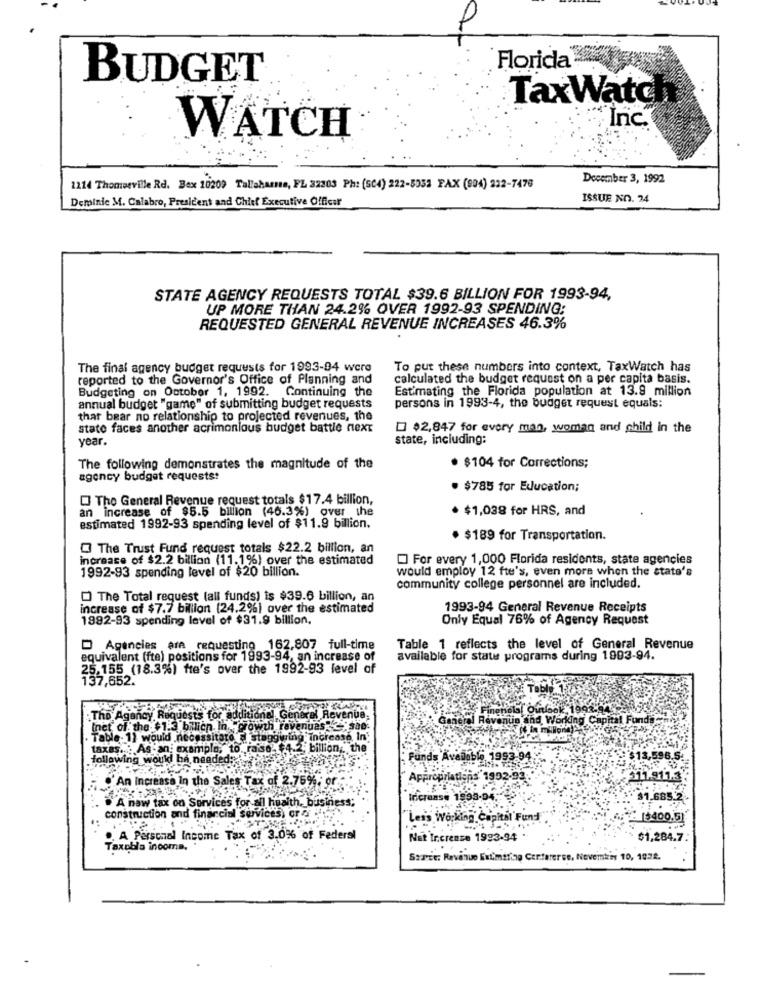
Florida
BUDGET
TaxWate
Inc.
WATCH
December 3, 1992
1214 Thomerville Rd. Bex 10209 Tallaharme, FL 32303 Ph: (SC4) 222-5032 FAX (904) 222-7476
Deminic M. Calabro, President and Chief Executive Officer
ISSUE NO. 74
STATE AGENCY REQUESTS TOTAL $39.6 BILLION FOR 1993-94,
UP MORE THAN 24.2% OVER 1992-93 SPENDING:
REQUESTED GENERAL REVENUE INCREASES 46.3%
The final agency budget requests for 1993-94 were
To put these numbers into context, TaxWatch has
reported to the Governor's Office of Planning and
calculated the budget request on a per capita basis.
Budgeting on October 1, 1992. Continuing the
Estimating the Florida population at 13.9 million
annual budget "game" of submitting budget requests
persons in 1993-4, the budget request equals:
thar bear no relationship to projected revenues, the
stato faces another acrimonious budget battle next
$2,847 for every man, woman and child in the
year.
state, including:
The following demonstrates the magnitude of the
· $104 for Corrections;
agency budget requests:
· $785 for Education;
The General Revenue request totals $17.4 billion,
an increase of $5.5 billion (46.3%) over the
· $1,038 for HRS, and
estimated 1992-93 spending level of $11.9 billion.
· $189 for Transportation.
The Trust Fund request totals $22.2 billion, an
increase of $2.2 billion (11.1%) over the estimated
For every 1,000 Florida residents, state agencies
1992-93 spending level of $20 billion.
would employ 12 fte's, even more when the state's
community college personnel are included.
The Total request (all funds) is $39.6 billion, an
increase of $7.7 billion (24.2%) over the estimated
1993-94 General Revenue Receipts
1992-93 spending level of $31.9 billion,
Only Equal 76% of Agency Request
Agencies are requesting 162,807 full-time
Table 1 reflects the level of General Revenue
equivalent (fte) positions for 1993-94, an increase of
available for state programs during 1903-94.
25.155 (18.3%) fte's over the 1992-93 level of
137,652.
: The Agency, Re
ney Requests for additional, General Revenue,
Inet of the $1.3 bilion In. crowth revenues: 2, she.
Table- 11 would necessitate staggwing increase In
taxas. : As an example, to. raise 4.2 billion, the
following woukl ba needed:
Funds Avalable 1993-94
13,596.5.
Appropriations' 1992-92.
211.911.3.
"An increase In the Sales Tax of 2.75%, or
. A new tax on Services for all health, business
Increase 1998-94."
$1.685.2.
construction and financial services, or o .
Les's Working Capital Fund"
1$400.51
., A Personal Income Tax of 3.0% of Federal
Net Ircrense 1993-94
$1,284.7.
Taxobla income.
Szavie: Revenue Extmiting Cerfarerse, Nevemkin 10, 1922.